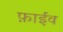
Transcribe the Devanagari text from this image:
फ़ाईव